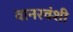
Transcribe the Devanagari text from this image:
वानरवंशी